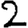
Digit: 2